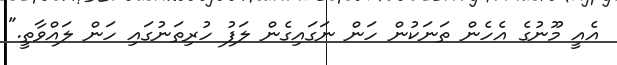
އެއީ މޫނުގެ އެހެން ތަނަކުން ހަން ނަގައިގެން ލަފު ހުރިތަނުގައި ހަން ލައްވާތީ."